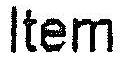
ITEM